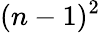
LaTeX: (n-1)^{2}